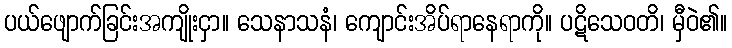
ပယ်ဖျောက်ခြင်းအကျိုးငှာ။ သေနာသနံ၊ ကျောင်းအိပ်ရာနေရာကို။ ပဋိသေဝတိ၊ မှီဝဲ၏။